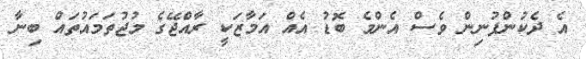
އެ ދެކުންފުނިން ވެސް އެންމެ ބޮޑު އެއް އަމާޒަކީ ރާއްޖޭގެ މުޖުތަމައުތައް ބިނާ